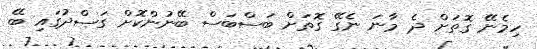
ހިމެނޭ ގޮތަށް ދެ މާނަ ނެގޭ ގޮތަށް ބަސްބަސް ބޭނުންކޮށް ގަސްދުގައި ބޭ